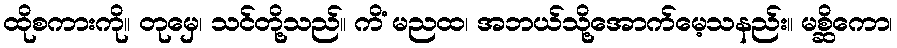
ထိုစကားကို။ တုမှေ၊ သင်တို့သည်။ ကိံ မညထ၊ အဘယ်သို့အောက်မေ့သနည်း။ မစ္ဆိကော၊